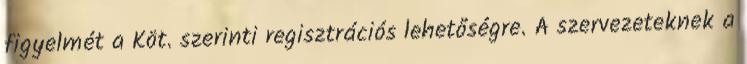
figyelmét a Köt. szerinti regisztrációs lehetőségre. A szervezeteknek a